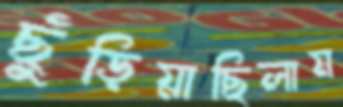
ছুঁড়িয়াছিলাম